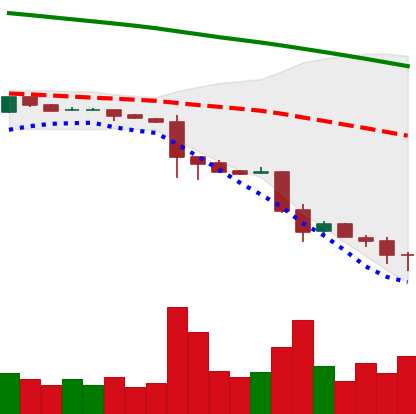
Ticker: ETC-USD
Chart end date: 2018-11-25
Forward return: -3.431%
Label: down_3_5